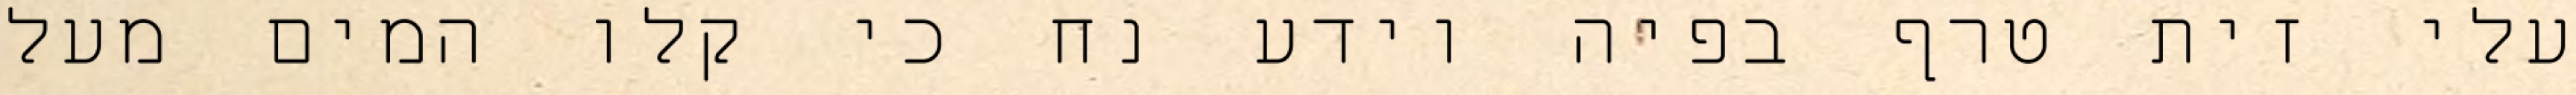
עלי זית טרף בפיה וידע נח כי קלו המים מעל